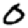
Digit: 0